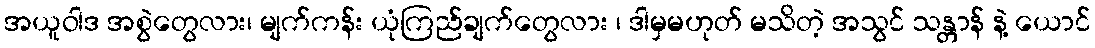
အယူဝါဒ အစွဲတွေလား၊ မျက်ကန်း ယုံကြည်ချက်တွေလား ၊ ဒါမှမဟုတ် မသိတဲ့ အသွင် သန္တာန် နဲ့ ယောင်